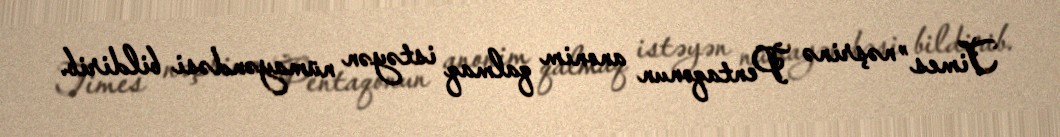
Times” nəşrinə Pentaqonun anonim qalmaq istəyən nümayəndəsi bildirib.